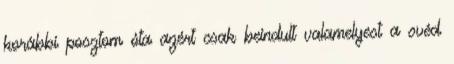
korábbi posztom óta azért csak beindult valamelyest a svéd